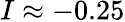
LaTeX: I\approx-0.25